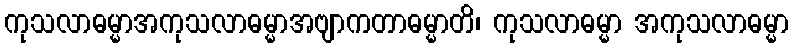
ကုသလာဓမ္မာအကုသလာဓမ္မာအဗျာကတာဓမ္မာတိ၊ ကုသလာဓမ္မာ အကုသလာဓမ္မာ